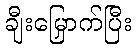
ချီးမြှောက်ပြီး